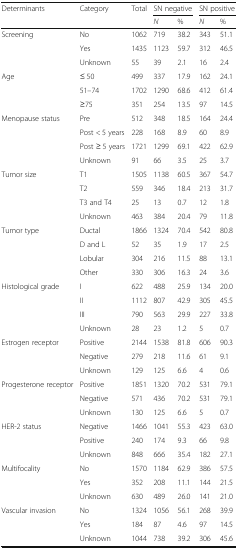
<table><thead><tr><td><b>Determinants</b></td><td><b>Category</b></td><td><b>Total</b></td><td colspan="2"><b>SN negative</b></td><td colspan="2"><b>SN positive</b></td></tr><tr><td></td><td></td><td></td><td><b><i>N</i></b></td><td><b>%</b></td><td><b><i>N</i></b></td><td><b>%</b></td></tr></thead><tbody><tr><td rowspan="3">Screening</td><td>No</td><td>1062</td><td>719</td><td>38.2</td><td>343</td><td>51.1</td></tr><tr><td>Yes</td><td>1435</td><td>1123</td><td>59.7</td><td>312</td><td>46.5</td></tr><tr><td>Unknown</td><td>55</td><td>39</td><td>2.1</td><td>16</td><td>2.4</td></tr><tr><td rowspan="3">Age</td><td>≤ 50</td><td>499</td><td>337</td><td>17.9</td><td>162</td><td>24.1</td></tr><tr><td>51–74</td><td>1702</td><td>1290</td><td>68.6</td><td>412</td><td>61.4</td></tr><tr><td>≥75</td><td>351</td><td>254</td><td>13.5</td><td>97</td><td>14.5</td></tr><tr><td rowspan="4">Menopause status</td><td>Pre</td><td>512</td><td>348</td><td>18.5</td><td>164</td><td>24.4</td></tr><tr><td>Post &lt; 5 years</td><td>228</td><td>168</td><td>8.9</td><td>60</td><td>8.9</td></tr><tr><td>Post ≥ 5 years</td><td>1721</td><td>1299</td><td>69.1</td><td>422</td><td>62.9</td></tr><tr><td>Unknown</td><td>91</td><td>66</td><td>3.5</td><td>25</td><td>3.7</td></tr><tr><td rowspan="4">Tumor size</td><td>T1</td><td>1505</td><td>1138</td><td>60.5</td><td>367</td><td>54.7</td></tr><tr><td>T2</td><td>559</td><td>346</td><td>18.4</td><td>213</td><td>31.7</td></tr><tr><td>T3 and T4</td><td>25</td><td>13</td><td>0.7</td><td>12</td><td>1.8</td></tr><tr><td>Unknown</td><td>463</td><td>384</td><td>20.4</td><td>79</td><td>11.8</td></tr><tr><td rowspan="4">Tumor type</td><td>Ductal</td><td>1866</td><td>1324</td><td>70.4</td><td>542</td><td>80.8</td></tr><tr><td>D and L</td><td>52</td><td>35</td><td>1.9</td><td>17</td><td>2.5</td></tr><tr><td>Lobular</td><td>304</td><td>216</td><td>11.5</td><td>88</td><td>13.1</td></tr><tr><td>Other</td><td>330</td><td>306</td><td>16.3</td><td>24</td><td>3.6</td></tr><tr><td rowspan="4">Histological grade</td><td>I</td><td>622</td><td>488</td><td>25.9</td><td>134</td><td>20.0</td></tr><tr><td>II</td><td>1112</td><td>807</td><td>42.9</td><td>305</td><td>45.5</td></tr><tr><td>III</td><td>790</td><td>563</td><td>29.9</td><td>227</td><td>33.8</td></tr><tr><td>Unknown</td><td>28</td><td>23</td><td>1.2</td><td>5</td><td>0.7</td></tr><tr><td rowspan="3">Estrogen receptor</td><td>Positive</td><td>2144</td><td>1538</td><td>81.8</td><td>606</td><td>90.3</td></tr><tr><td>Negative</td><td>279</td><td>218</td><td>11.6</td><td>61</td><td>9.1</td></tr><tr><td>Unknown</td><td>129</td><td>125</td><td>6.6</td><td>4</td><td>0.6</td></tr><tr><td rowspan="3">Progesterone receptor</td><td>Positive</td><td>1851</td><td>1320</td><td>70.2</td><td>531</td><td>79.1</td></tr><tr><td>Negative</td><td>571</td><td>436</td><td>70.2</td><td>531</td><td>79.1</td></tr><tr><td>Unknown</td><td>130</td><td>125</td><td>6.6</td><td>5</td><td>0.7</td></tr><tr><td rowspan="3">HER-2 status</td><td>Negative</td><td>1466</td><td>1041</td><td>55.3</td><td>423</td><td>63.0</td></tr><tr><td>Positive</td><td>240</td><td>174</td><td>9.3</td><td>66</td><td>9.8</td></tr><tr><td>Unknown</td><td>848</td><td>666</td><td>35.4</td><td>182</td><td>27.1</td></tr><tr><td rowspan="3">Multifocality</td><td>No</td><td>1570</td><td>1184</td><td>62.9</td><td>386</td><td>57.5</td></tr><tr><td>Yes</td><td>352</td><td>208</td><td>11.1</td><td>144</td><td>21.5</td></tr><tr><td>Unknown</td><td>630</td><td>489</td><td>26.0</td><td>141</td><td>21.0</td></tr><tr><td rowspan="3">Vascular invasion</td><td>No</td><td>1324</td><td>1056</td><td>56.1</td><td>268</td><td>39.9</td></tr><tr><td>Yes</td><td>184</td><td>87</td><td>4.6</td><td>97</td><td>14.5</td></tr><tr><td>Unknown</td><td>1044</td><td>738</td><td>39.2</td><td>306</td><td>45.6</td></tr></tbody></table>